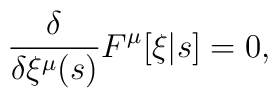
\frac{\delta}{\delta \xi^\mu(s)} F^\mu[\xi|s] = 0,